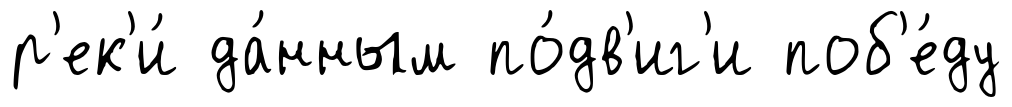
р'ек'и́ да́нным по́дв'иг'и поб'е́ду